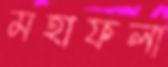
মহাফলা